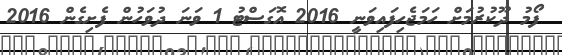
ފޯމު ދޫކުރުމަށް ހަމަޖެހިފައިވަނީ 2016 އޮގަސްޓު 1 ވަނަ ދުވަހުން ފެށިގެން 2016